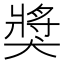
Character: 獎